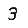
Digit: 3